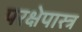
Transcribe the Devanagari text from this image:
परक्षेपास्त्र